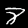
Label: 8